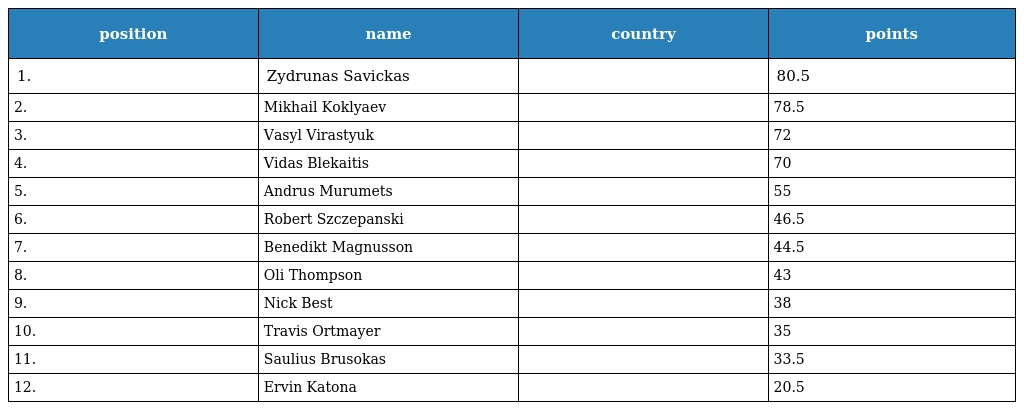
| position | name | country | points |
 | --- | --- | --- | --- |
 | 1. | Zydrunas Savickas |  | 80.5 |
 | 2. | Mikhail Koklyaev |  | 78.5 |
 | 3. | Vasyl Virastyuk |  | 72 |
 | 4. | Vidas Blekaitis |  | 70 |
 | 5. | Andrus Murumets |  | 55 |
 | 6. | Robert Szczepanski |  | 46.5 |
 | 7. | Benedikt Magnusson |  | 44.5 |
 | 8. | Oli Thompson |  | 43 |
 | 9. | Nick Best |  | 38 |
 | 10. | Travis Ortmayer |  | 35 |
 | 11. | Saulius Brusokas |  | 33.5 |
 | 12. | Ervin Katona |  | 20.5 |